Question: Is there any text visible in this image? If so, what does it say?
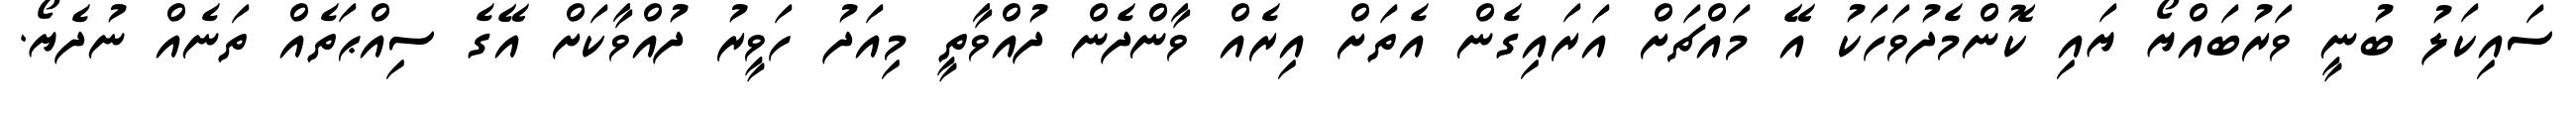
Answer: ސައިކަލު ބުނީ ވަރުބައްޔޯ ޔައި ކޮންމެދުވަހަކު އޭ މައްޗަށް އަރައިގެން އެތަށް އިރެއް ވާންދެން ދުއްވާތީ މިއަދު ހަވީރު ދުއްވާކަށް އޭގެ ސިއްޙަތެއް ތަނެއް ނުދެޔޯ.